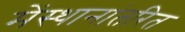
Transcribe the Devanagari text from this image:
मेंस्थानांतरित